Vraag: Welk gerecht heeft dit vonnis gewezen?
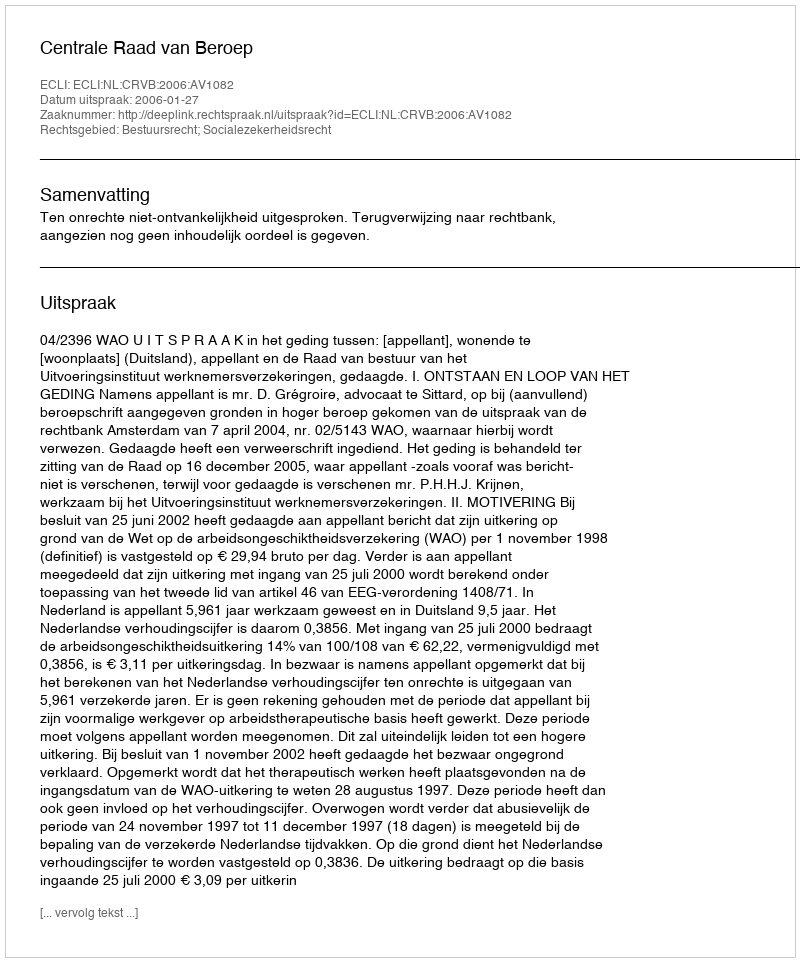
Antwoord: Centrale Raad van Beroep